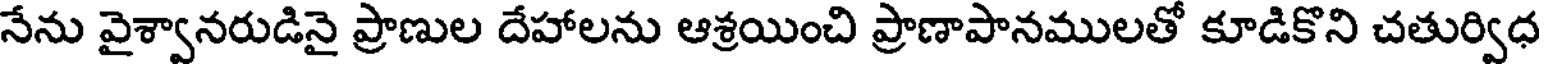
నేను వైశ్వానరుడినై ప్రాణుల దేహాలను ఆశ్రయించి ప్రాణాపానములతో కూడికొని చతుర్విధ